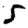
Digit: 5